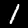
Label: 1